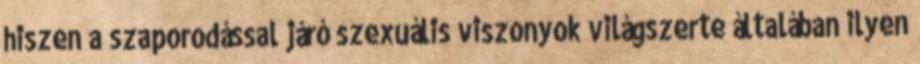
hiszen a szaporodással járó szexuális viszonyok világszerte általában ilyen